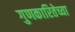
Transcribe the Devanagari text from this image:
गुणकारितेच्या